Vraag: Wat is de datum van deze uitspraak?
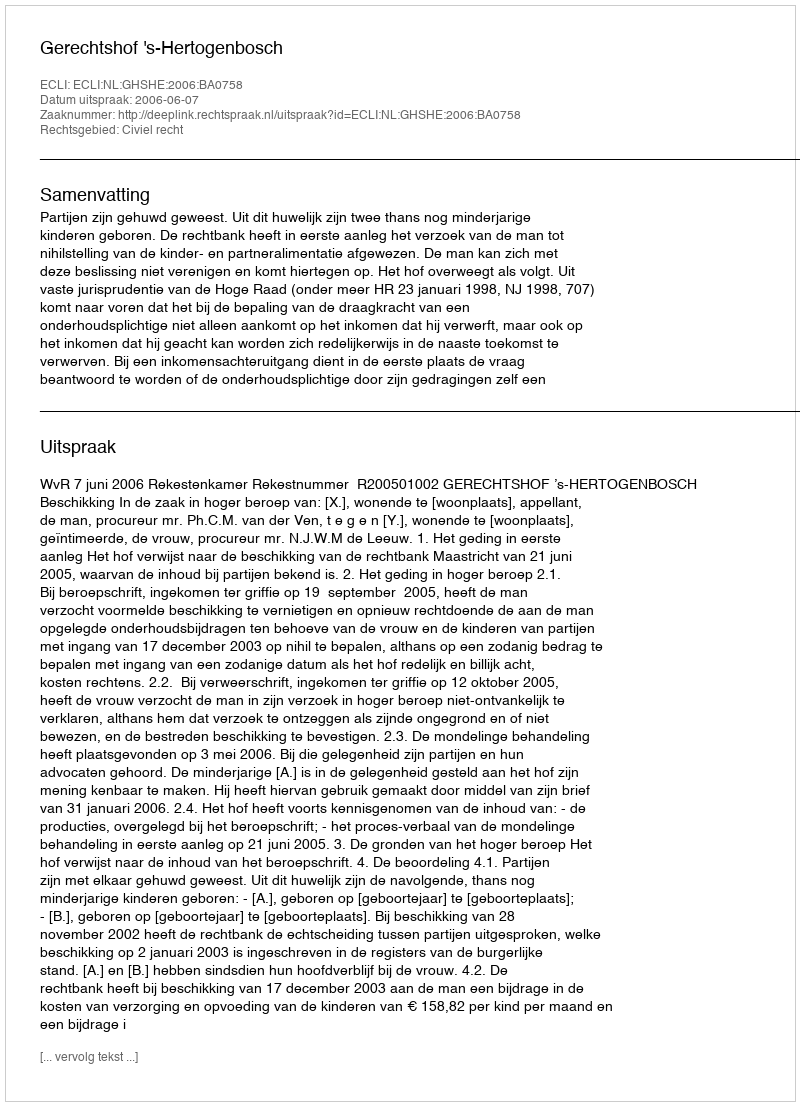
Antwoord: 2006-06-07